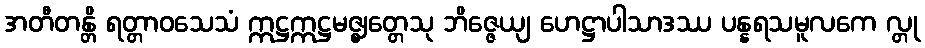
အတီတန္တိ ရတ္တာဝသေသံ ဣဋ္ဌဣဋ္ဌမဇ္ဈတ္တေသု ဘိဇ္ဇေယျ ဟေဋ္ဌာပါသာဒဿ ပန္နရသမူလကေ လ္တု